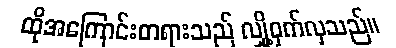
ထိုအကြောင်းတရားသည် လျှို့ဝှက်လှသည်။